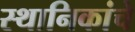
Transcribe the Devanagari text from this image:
स्थानिकांचे